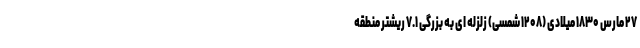
۲۷ مارس ۱۸۳۰ میلادی (۱۲۰۸ شمسی) زلزله ای به بزرگی ۷.۱ ریشتر ‌منطقه